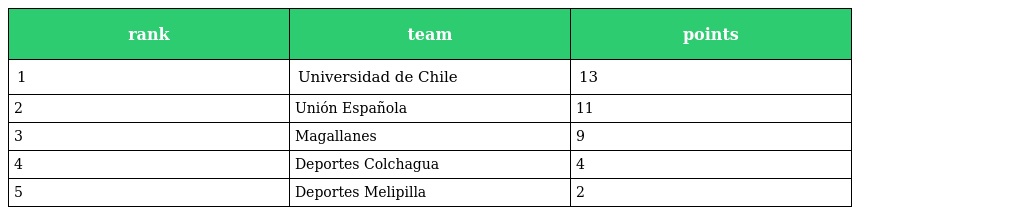
| rank | team | points |
 | --- | --- | --- |
 | 1 | Universidad de Chile | 13 |
 | 2 | Unión Española | 11 |
 | 3 | Magallanes | 9 |
 | 4 | Deportes Colchagua | 4 |
 | 5 | Deportes Melipilla | 2 |